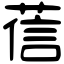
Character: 𦴩